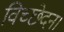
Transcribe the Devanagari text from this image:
विच्छेदन।